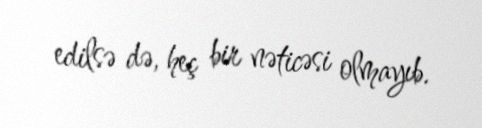
edilsə də, heç bir nəticəsi olmayıb.